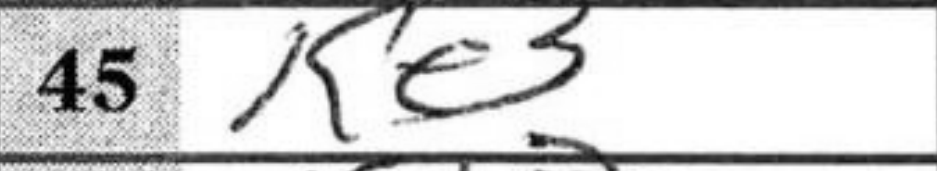
Transcription: Ke3